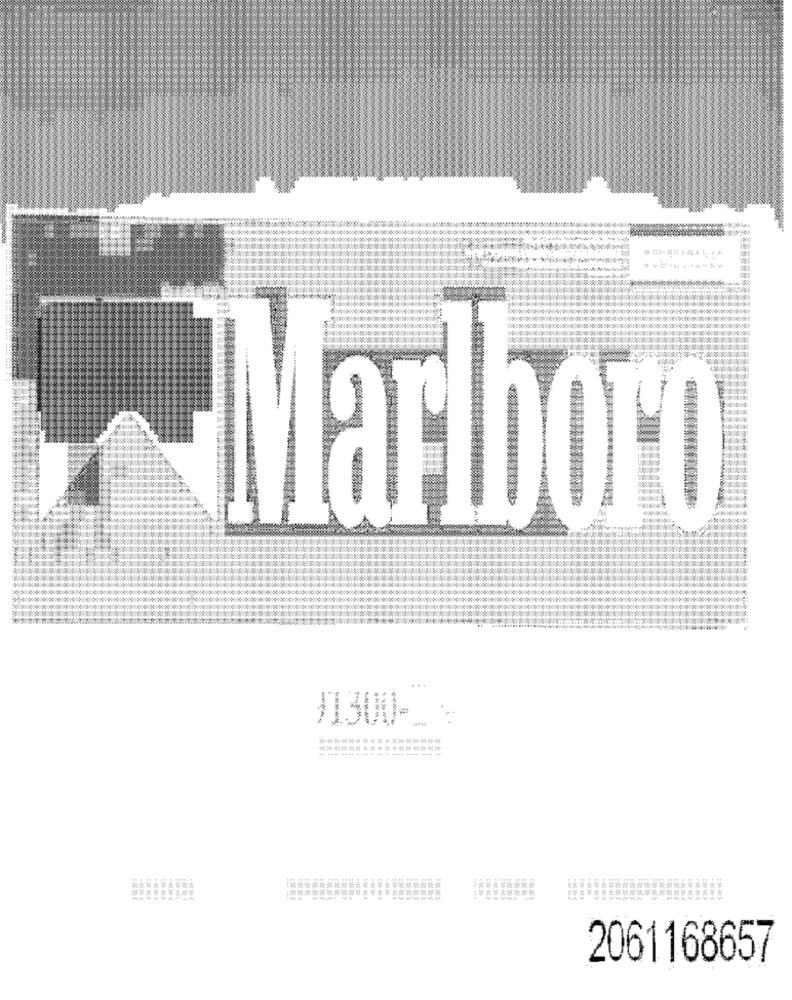
"Marlboro
11300 -_-
*****************
2061168657